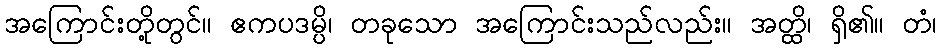
အကြောင်းတို့တွင်။ ဧကပဒမ္ပိ၊ တခုသော အကြောင်းသည်လည်း။ အတ္ထိ၊ ရှိ၏။ တံ၊